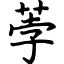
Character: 荸